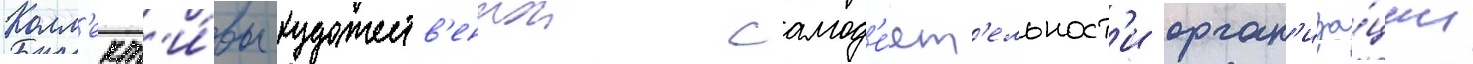
Колл'ект'и́вы художеств'еннои самод'е́ят'ельност'и орган'иза́ции